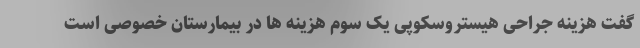
گفت هزینه جراحی هیستروسکوپی یک سوم هزینه ها در بیمارستان خصوصی است